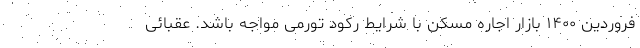
فروردین ۱۴۰۰ بازار اجاره مسکن با شرایط رکود تورمی مواجه باشد. عقبائی